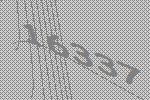
16337